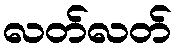
လတ်လတ်